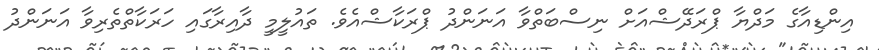
އިންޑިއާގެ މަދްޔާ ޕްރަދޭޝްއަށް ނިސްބަތްވާ އަނަންދު ޕްރަކާޝްއެވެ. ތައުލީމީ ދާއިރާގައި ހަރަކާތްތެރިވާ އަނަންދު